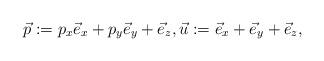
LaTeX: \begin{gather*}\vec{p} := p_x \vec{e}_x+ p_y \vec{e}_y+\vec{e}_z, \vec{u}:=\vec{e}_x+ \vec{e}_y+\vec{e}_z,\end{gather*}